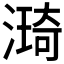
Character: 𣾏